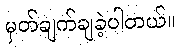
မှတ်ချက်ချခဲ့ပါတယ်။